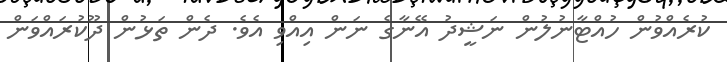
ކުރެއްވުން ހުއްޓާނުލުން ނަޝީދު އޭނާގެ ނަން އިއްވި އެވެ. ދެން ތަޅުން ދޫކުރައްވަން